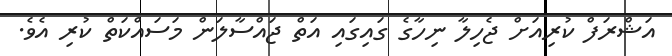
އަޝްރަފް ކުރިއަށް ޖެހިލާ ނިހާގެ ގައިގައި އަތް ޖައްސާލަން މަސައްކަތް ކުރި އެވެ.